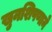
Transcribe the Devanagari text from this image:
खुनशिपणाने